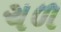
ચળ